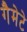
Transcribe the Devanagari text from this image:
गैमेटे